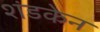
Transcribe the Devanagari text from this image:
शंडकेन